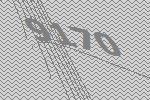
9170